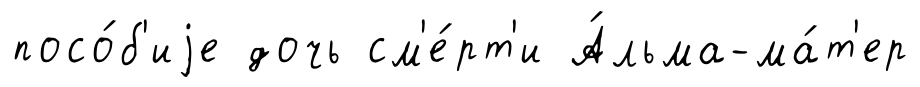
посо́б'иjе дочь см'е́рт'и А́льма-ма́т'ер